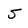
Character: 5